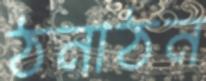
ঠনাঠন